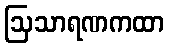
ဩသာရဏကထာ